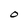
Character: 0